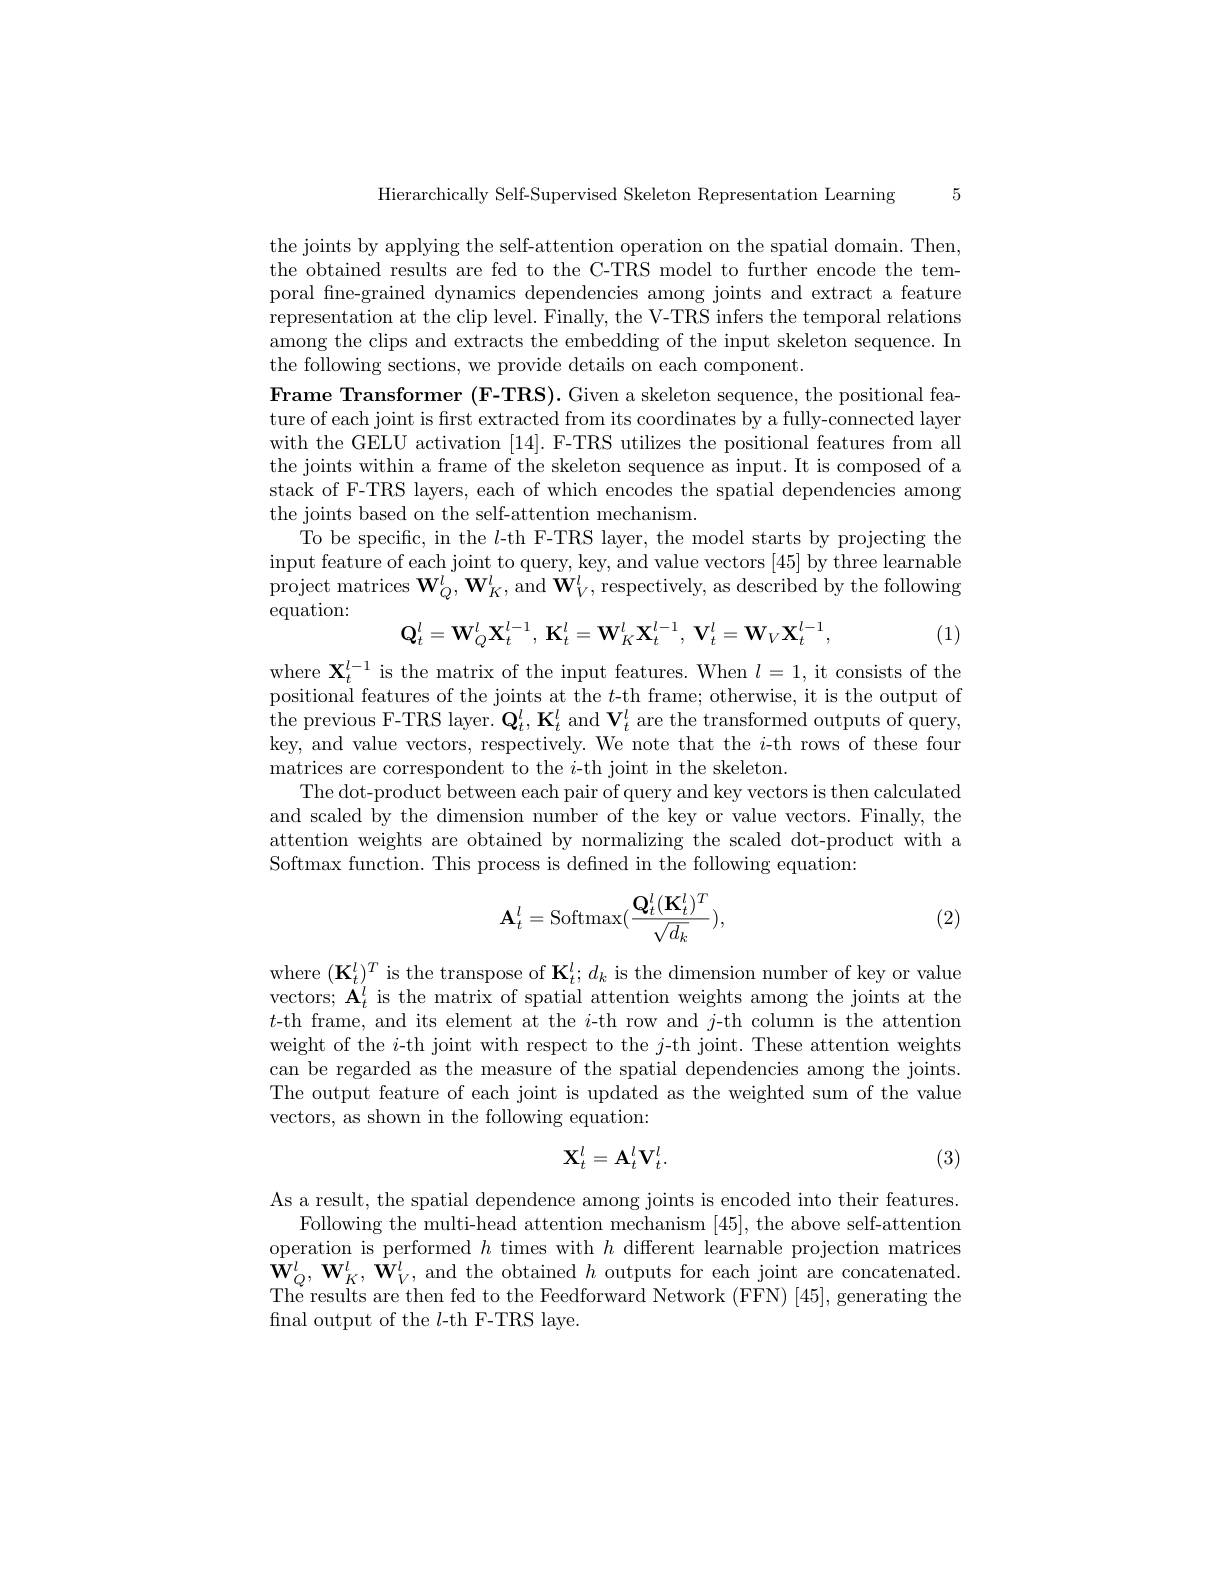
5

Hierarchically Self-Supervised Skeleton Representation Learning

the joints by applying the self-attention operation on the spatial domain. Then, the obtained results are fed to the C-TRS model to further encode the temporal fine-grained dynamics dependencies among joints and extract a feature representation at the clip level. Finally, the V-TRS infers the temporal relations among the clips and extracts the embedding of the input skeleton sequence. In the following sections, we provide details on each component.
Frame Transformer (F-TRS). Given a skeleton sequence, the positional feature of each joint is first extracted from its coordinates by a fully-connected layer with the GELU activation [14]. F-TRS utilizes the positional features from all the joints within a frame of the skeleton sequence as input. It is composed of a stack of F-TRS layers, each of which encodes the spatial dependencies among the joints based on the self-attention mechanism.
To be specific, in the $l$-th F-TRS layer, the model starts by projecting the input feature of each joint to query, key, and value vectors [45] by three learnable project matrices $\mathbf{W}_Q^l,\mathbf{W}_K^l$,and $\mathbf{W}_V^l$,respectively, as described by the following equation:
$$\mathbf{Q}_t^l=\mathbf{W}_Q^l\mathbf{X}_t^{l-1},\:\mathbf{K}_t^l=\mathbf{W}_K^l\mathbf{X}_t^{l-1},\:\mathbf{V}_t^l=\mathbf{W}_V\mathbf{X}_t^{l-1},$$
(1)

where $\mathbf{X}_t^{l-1}$ is the matrix of the input features. When $l=1$, it consists of the positional features of the joints at the $t$-th frame; otherwise, it is the output of $\mathrm{~the~previous~F-TRS~layer.~Q}_{t}^{l},\mathbf{K}_{t}^{l}$ and $\mathbf{V}_{t}^{l}$ are the transformed outputs of query, key, and value vectors, respectively. We note that the $i$-th rows of these four matrices are correspondent to the $i$-th joint in the skeleton.
The dot-product between each pair of query and key vectors is then calculated and scaled by the dimension number of the key or value vectors. Finally, the attention weights are obtained by normalizing the scaled dot-product with a Softmax function. This process is defned in the following equation:
$$\mathbf{A}_{t}^{l}=\mathrm{Softmax}(\frac{\mathbf{Q}_{t}^{l}(\mathbf{K}_{t}^{l})^{T}}{\sqrt{d_{k}}}),$$
(2)

where $(\mathbf{K}_{t}^{l})^{T}$ is the transpose of $\mathbf{K}_{t}^{l};d_{k}$ is the dimension number of key or value vectors; $\mathbf{A}_t^l$ is the matrix of spatial attention weights among the joints at the $t$-th frame, and its element at the $i$-th row and $j$-th column is the attention weight of the $i$-th joint with respect to the $j$-th joint. These attention weights can be regarded as the measure of the spatial dependencies among the joints. The output feature of each joint is updated as the weighted sum of the value vectors, as shown in the following equation:
$$\mathbf{X}_t^l=\mathbf{A}_t^l\mathbf{V}_t^l.$$
(3)

As a result, the spatial dependence among joints is encoded into their features.
Following the multi-head attention mechanism [45], the above self-attention operation is performed $h$ times with $h$ different learnable projection matrices $\hat{\mathbf{W}}_{Q}^{l},\mathbf{W}_{K}^{l},\hat{\mathbf{W}}_{V}^{l}$,and the obtained $h$ outputs for each joint are concatenated. The results are then fed to the Feedforward Network (FFN) [45], generating the fnal output of the $l$-th F-TRS laye.